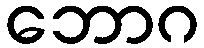
ဘောဂ